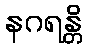
နဂရန္တိ